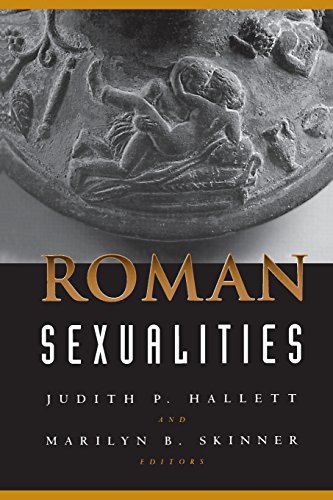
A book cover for Roman Sexualities; Literature & Fiction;